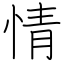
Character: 情